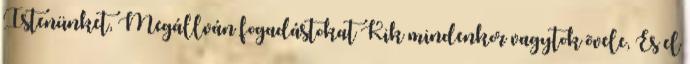
Istenünket, Megállván fogadástokat Kik mindenkor vagytok õvele, És el